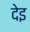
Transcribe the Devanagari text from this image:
देइ